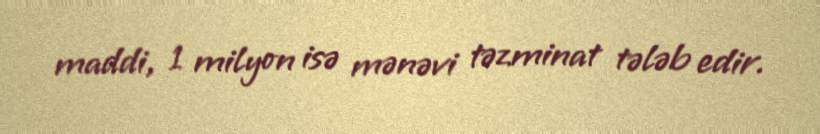
maddi, 1 milyon isə mənəvi təzminat tələb edir.